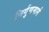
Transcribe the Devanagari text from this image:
निर्गुणमार्ग